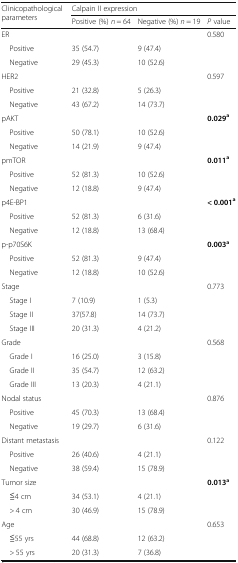
<table><thead><tr><td rowspan="2"><b>Clinicopathological parameters</b></td><td colspan="3"><b>Calpain II expression</b></td></tr><tr><td><b>Positive (%) <i>n</i> = 64</b></td><td><b>Negative (%) <i>n</i> = 19</b></td><td><b><i>P</i> value</b></td></tr></thead><tbody><tr><td>ER</td><td></td><td></td><td>0.580</td></tr><tr><td> Positive</td><td>35 (54.7)</td><td>9 (47.4)</td><td></td></tr><tr><td> Negative</td><td>29 (45.3)</td><td>10 (52.6)</td><td></td></tr><tr><td>HER2</td><td></td><td></td><td>0.597</td></tr><tr><td> Positive</td><td>21 (32.8)</td><td>5 (26.3)</td><td></td></tr><tr><td> Negative</td><td>43 (67.2)</td><td>14 (73.7)</td><td></td></tr><tr><td>pAKT</td><td></td><td></td><td><b>0.029</b><sup><b>a</b></sup></td></tr><tr><td> Positive</td><td>50 (78.1)</td><td>10 (52.6)</td><td></td></tr><tr><td> Negative</td><td>14 (21.9)</td><td>9 (47.4)</td><td></td></tr><tr><td>pmTOR</td><td></td><td></td><td><b>0.011</b><sup><b>a</b></sup></td></tr><tr><td> Positive</td><td>52 (81.3)</td><td>10 (52.6)</td><td></td></tr><tr><td> Negative</td><td>12 (18.8)</td><td>9 (47.4)</td><td></td></tr><tr><td>p4E-BP1</td><td></td><td></td><td><b>&lt; 0.001</b><sup><b>a</b></sup></td></tr><tr><td> Positive</td><td>52 (81.3)</td><td>6 (31.6)</td><td></td></tr><tr><td> Negative</td><td>12 (18.8)</td><td>13 (68.4)</td><td></td></tr><tr><td>p-p70S6K</td><td></td><td></td><td><b>0.003</b><sup><b>a</b></sup></td></tr><tr><td> Positive</td><td>52 (81.3)</td><td>9 (47.4)</td><td></td></tr><tr><td> Negative</td><td>12 (18.8)</td><td>10 (52.6)</td><td></td></tr><tr><td>Stage</td><td></td><td></td><td>0.773</td></tr><tr><td> Stage I</td><td>7 (10.9)</td><td>1 (5.3)</td><td></td></tr><tr><td> Stage II</td><td>37(57.8)</td><td>14 (73.7)</td><td></td></tr><tr><td> Stage III</td><td>20 (31.3)</td><td>4 (21.2)</td><td></td></tr><tr><td>Grade</td><td></td><td></td><td>0.568</td></tr><tr><td> Grade I</td><td>16 (25.0)</td><td>3 (15.8)</td><td></td></tr><tr><td> Grade II</td><td>35 (54.7)</td><td>12 (63.2)</td><td></td></tr><tr><td> Grade III</td><td>13 (20.3)</td><td>4 (21.1)</td><td></td></tr><tr><td>Nodal status</td><td></td><td></td><td>0.876</td></tr><tr><td> Positive</td><td>45 (70.3)</td><td>13 (68.4)</td><td></td></tr><tr><td> Negative</td><td>19 (29.7)</td><td>6 (31.6)</td><td></td></tr><tr><td>Distant metastasis</td><td></td><td></td><td>0.122</td></tr><tr><td> Positive</td><td>26 (40.6)</td><td>4 (21.1)</td><td></td></tr><tr><td> Negative</td><td>38 (59.4)</td><td>15 (78.9)</td><td></td></tr><tr><td>Tumor size</td><td></td><td></td><td><b>0.013</b><sup><b>a</b></sup></td></tr><tr><td> ≦4 cm</td><td>34 (53.1)</td><td>4 (21.1)</td><td></td></tr><tr><td> &gt; 4 cm</td><td>30 (46.9)</td><td>15 (78.9)</td><td></td></tr><tr><td>Age</td><td></td><td></td><td>0.653</td></tr><tr><td> ≦55 yrs</td><td>44 (68.8)</td><td>12 (63.2)</td><td></td></tr><tr><td> &gt; 55 yrs</td><td>20 (31.3)</td><td>7 (36.8)</td><td></td></tr></tbody></table>